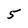
Character: 5